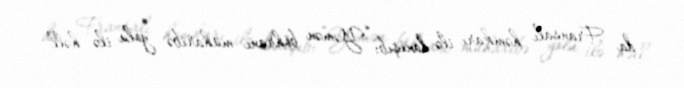
da Fransalı həmkarı ilə danışıb: “Yəmən böhranı müharibə yolu ilə həll